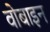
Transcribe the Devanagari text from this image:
वोबाइन